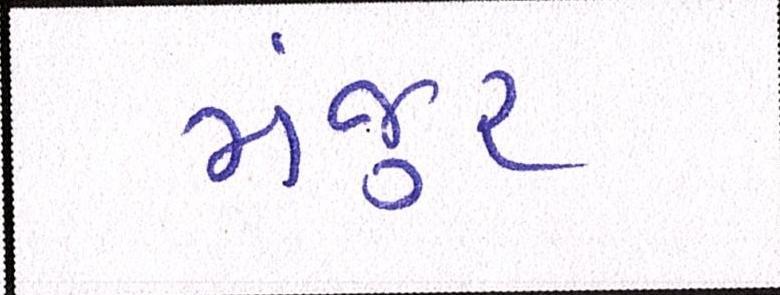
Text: મંજુર